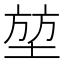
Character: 堃